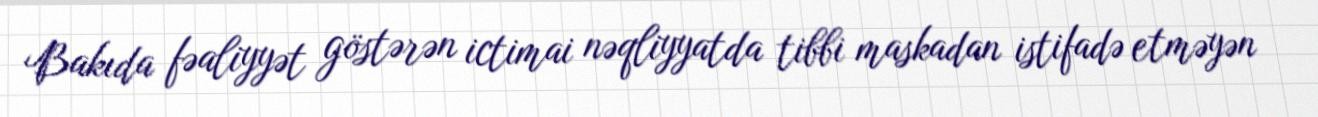
Bakıda fəaliyyət göstərən ictimai nəqliyyatda tibbi maskadan istifadə etməyən